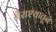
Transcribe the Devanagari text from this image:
नैराश्यातून